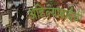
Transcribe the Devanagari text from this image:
अहिल्याबाईंची